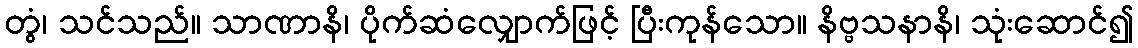
တွံ၊ သင်သည်။ သာဏာနိ၊ ပိုက်ဆံလျှောက်ဖြင့် ပြီးကုန်သော။ နိဗ္ဗသနာနိ၊ သုံးဆောင်၍